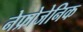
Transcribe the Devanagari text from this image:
नेफ्रोजेनिक